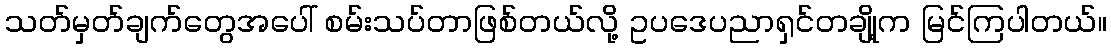
သတ်မှတ်ချက်တွေအပေါ် စမ်းသပ်တာဖြစ်တယ်လို့ ဥပဒေပညာရှင်တချို့က မြင်ကြပါတယ်။